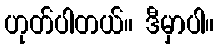
ဟုတ်ပါတယ်။ ဒီမှာပါ။